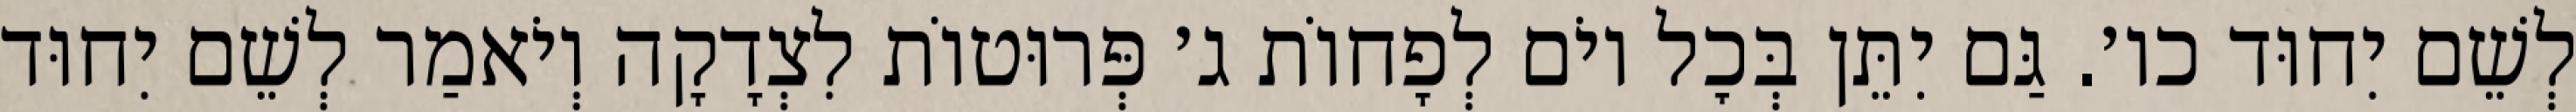
לְשֵׁם יִחוּד כו׳. גַּם יִתֵּן בְּכׇל יוֹם לְפָחוֹת ג׳ פְּרוּטוֹת לִצְדָקָה וְיֹאמַר לְשֵׁם יִחוּד